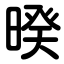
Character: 暌